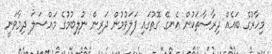
މިހާރުގެ ބައެއް ދިރާސާތަކުން އެނގޭ ގޮތުގައި ފަލަވުމުން ދަރިން ނުލިބުމުގެ މައްސަލަ ދިމާވަނީ